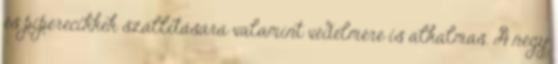
és piperecikkek szállítására valamint védelmére is alkalmas. A négy